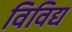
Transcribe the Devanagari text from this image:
विविद्य